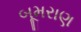
બૂમરાણ